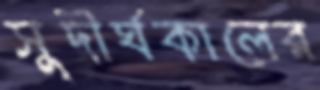
সুদীর্ঘকালের